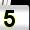
Digit: 5